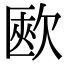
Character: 㰼